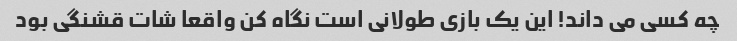
چه کسی می داند! این یک بازی طولانی است نگاه کن واقعا شات قشنگی بود